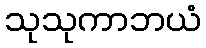
သုသုကာဘယံ